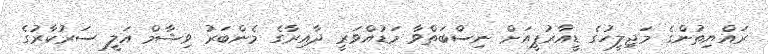
ރައްޔިތުންގެ މަޖިލީހުގެ ޑީއާރުޕީއަށް ނިސްބަތްވާ މަޑުއްވަރީ ދާއިރާގެ މެންބަރު ވިޝާމް އަލީ ސަރުކާރުގެ